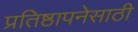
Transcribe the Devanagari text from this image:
प्रतिष्ठापनेसाठी